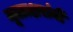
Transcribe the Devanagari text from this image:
मूळाक्षरांनी